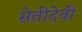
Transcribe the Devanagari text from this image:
सेतीदेवी